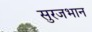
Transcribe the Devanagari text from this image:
सुरजभान